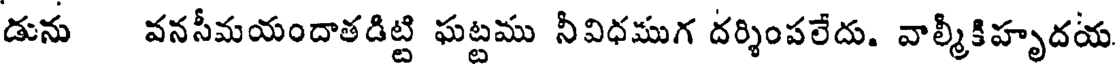
డును వనసీమయందాతడిట్టి ఘట్టము నీవిధముగ దర్శింపలేదు. వాల్మీకిహృదయ